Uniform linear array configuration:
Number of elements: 32
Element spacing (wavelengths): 0.25
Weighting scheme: hann
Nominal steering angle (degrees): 0
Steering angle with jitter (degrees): -1.645
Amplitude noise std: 0.05
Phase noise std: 0.05

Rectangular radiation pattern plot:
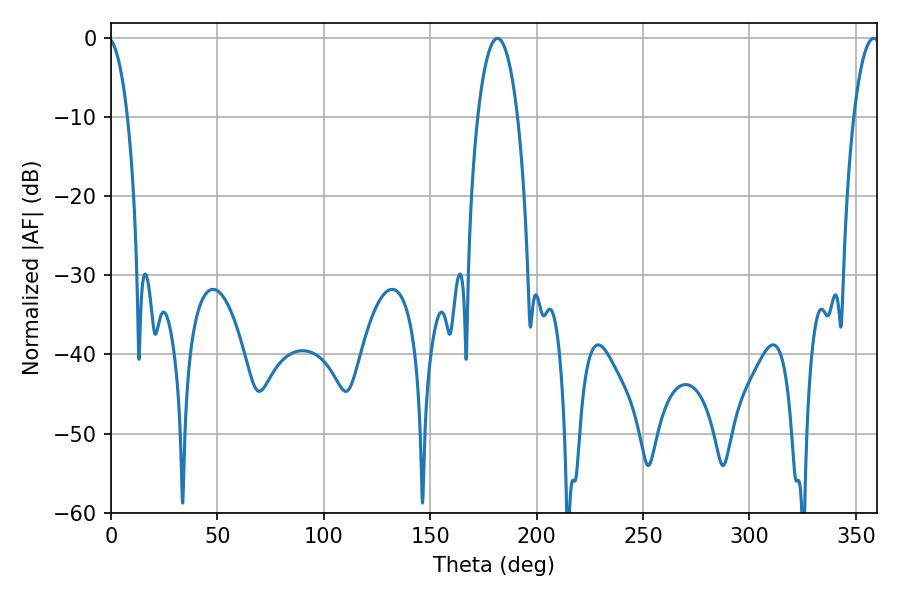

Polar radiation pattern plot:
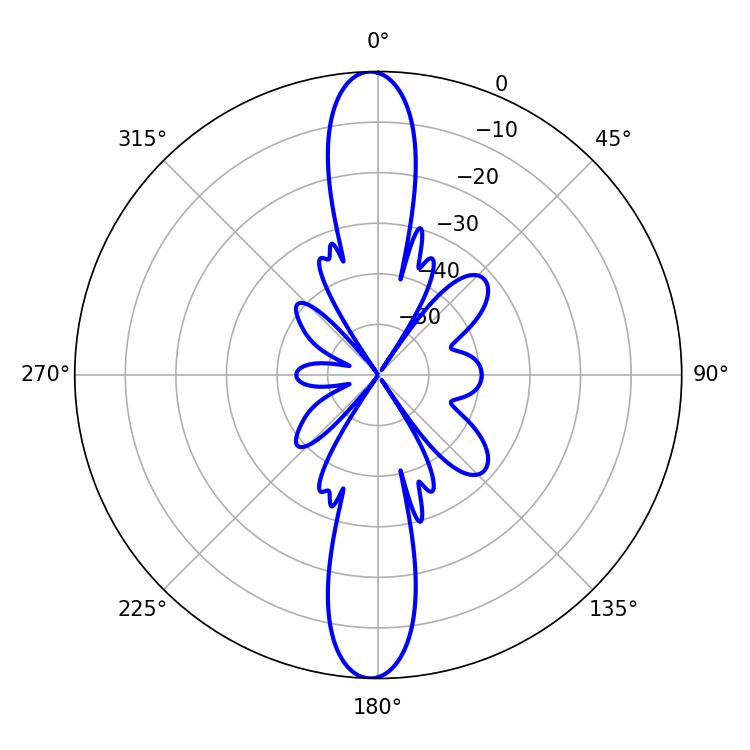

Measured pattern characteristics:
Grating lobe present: FALSE
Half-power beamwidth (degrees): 10.44
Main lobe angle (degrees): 181.62